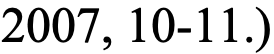
2007, 10-11.)